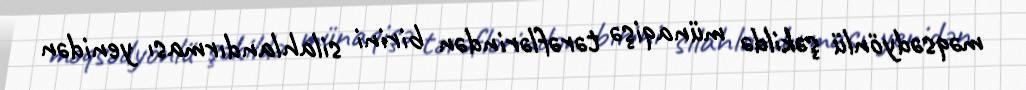
məqsədyönlü şəkildə münaqişə tərəflərindən birini silahlandırması yenidən